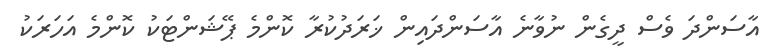
އާސަންދަ ވެސް ދީގެން ނުވާނެ އާސަންދައިން ޚަރަދުކުރާ ކޮންމެ ޕޭޝަންޓަކު ކޮންމެ އަހަރަކު